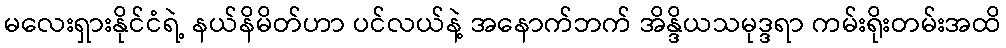
မလေးရှားနိုင်ငံရဲ့ နယ်နိမိတ်ဟာ ပင်လယ်နဲ့ အနောက်ဘက် အိန္ဒိယသမုဒ္ဒရာ ကမ်းရိုးတမ်းအထိ